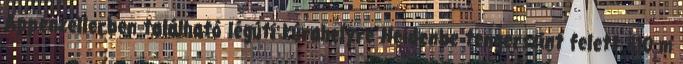
Appenzellerben található légúti kúrahelyre Heidenbe tengerszint felett 810 m